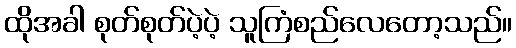
ထိုအခါ စုတ်စုတ်ပဲ့ပဲ့ သူကြံစည်လေတော့သည်။